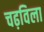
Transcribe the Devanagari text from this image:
चढ़विला